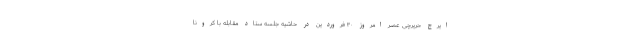
ایرج حریرچی عصر امروز ۳۰ فروردین در حاشیه جلسه ستاد مقابله با کرونا